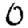
Digit: 0